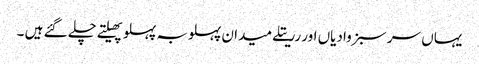
یہاں سر سبز وادیاں اور رریتلے میدان پہلوبہ پہلو پھیلتے چلے گئے ہیں ۔